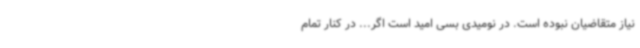
نیاز متقاضیان نبوده است. در نومیدی بسی امید است اگر... در کنار تمام